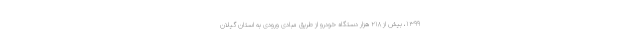
۱۳۹۹، بیش از ۲۱۸ هزار دستگاه خودرو از طریق مبادی ورودی به استان گیلان